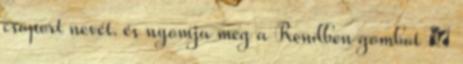
csoport nevét. és nyomja meg a Rendben gombot →